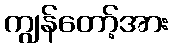
ကျွန်တော့်အား